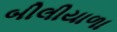
બીલીયાળા